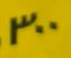
300